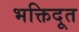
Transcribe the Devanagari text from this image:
भक्तिदूत